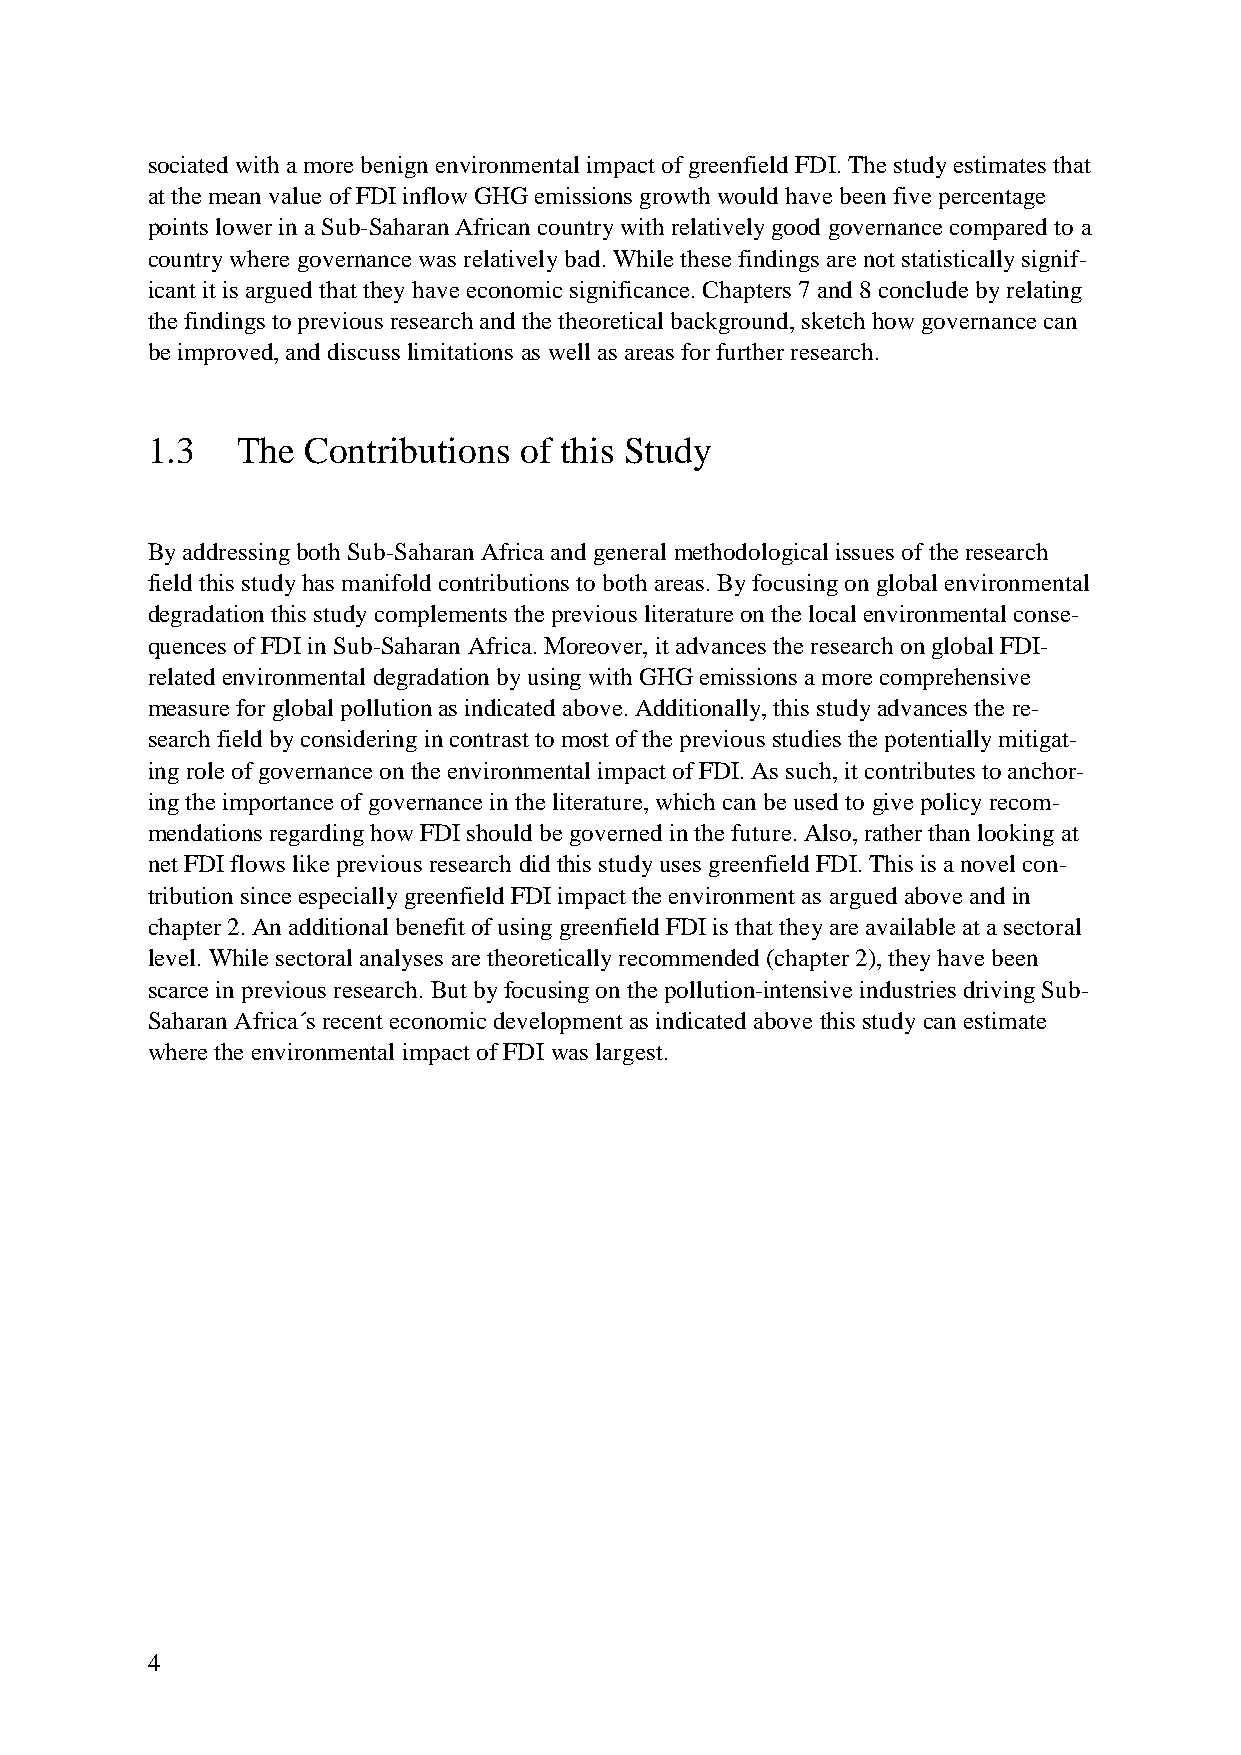
sociated with a more benign environmental impact of greenfield FDI. The study estimates that
 at the mean value of FDI inflow GHG emissions growth would have been five percentage
 points lower in a Sub-Saharan African country with relatively good governance compared to a
 country where governance was relatively bad. While these findings are not statistically signif-
 icant it is argued that they have economic significance. Chapters 7 and 8 conclude by relating
 the findings to previous research and the theoretical background, sketch how governance can
 be improved, and discuss limitations as well as areas for further research.
 1.3   The Contributions of this Study
 By addressing both Sub-Saharan Africa and general methodological issues of the research
 field this study has manifold contributions to both areas. By focusing on global environmental
 degradation this study complements the previous literature on the local environmental conse-
 quences of FDI in Sub-Saharan Africa. Moreover, it advances the research on global FDI-
 related environmental degradation by using with GHG emissions a more comprehensive
 measure for global pollution as indicated above. Additionally, this study advances the re-
 search field by considering in contrast to most of the previous studies the potentially mitigat-
 ing role of governance on the environmental impact of FDI. As such, it contributes to anchor-
 ing the importance of governance in the literature, which can be used to give policy recom-
 mendations regarding how FDI should be governed in the future. Also, rather than looking at
 net FDI flows like previous research did this study uses greenfield FDI. This is a novel con-
 tribution since especially greenfield FDI impact the environment as argued above and in
 chapter 2. An additional benefit of using greenfield FDI is that they are available at a sectoral
 level. While sectoral analyses are theoretically recommended (chapter 2), they have been
 scarce in previous research. But by focusing on the pollution-intensive industries driving Sub-
 Saharan Africa´s recent economic development as indicated above this study can estimate
 where the environmental impact of FDI was largest.
 4